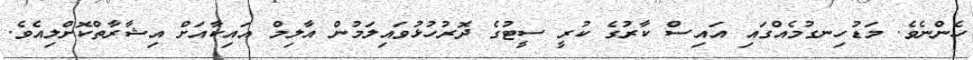
ހެންނެވެ. މަޑުހިނގުމެއްގައި އައިސް ކާރުގެ ކުރީ ސީޓުގެ ދޮރުހުޅުވައިލަމުން އާލިމް އައިކާއަށް އިޝާރާތްކޮށްލިއެވެ.